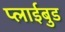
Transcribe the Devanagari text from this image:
प्लाईबुड